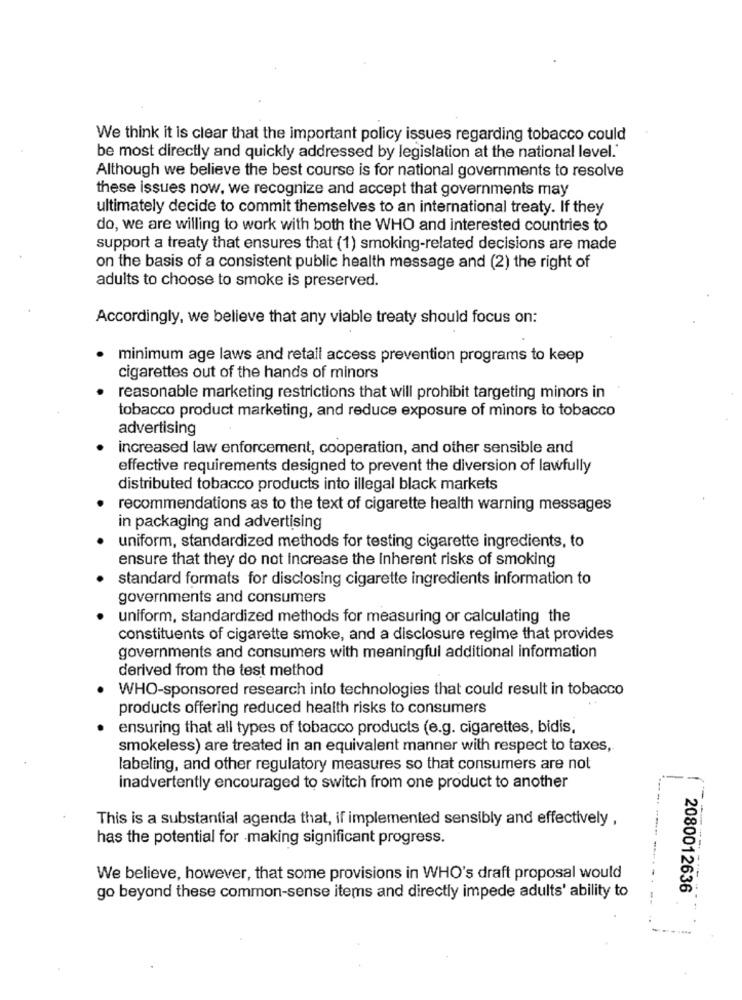
We think it is clear that the important policy issues regarding tobacco could
be most directly and quickly addressed by legislation at the national level.'
Although we believe the best course is for national governments to resolve
these issues now, we recognize and accept that governments may
ultimately decide to commit themselves to an international treaty. If they
do, we are willing to work with both the WHO and interested countries to
support a treaty that ensures that (1) smoking-related decisions are made
on the basis of a consistent public health message and (2) the right of
adults to choose to smoke is preserved.
Accordingly, we believe that any viable treaty should focus on:
minimum age laws and retail access prevention programs to keep
cigarettes out of the hands of minors
reasonable marketing restrictions that will prohibit targeting minors in
tobacco product marketing, and reduce exposure of minors to tobacco
advertising
increased law enforcement, cooperation, and other sensible and
effective requirements designed to prevent the diversion of lawfully
distributed tobacco products into illegal black markets
recommendations as to the text of cigarette health warning messages
in packaging and advertising
uniform, standardized methods for testing cigarette ingredients, to
ensure that they do not increase the inherent risks of smoking
standard formats for disclosing cigarette ingredients information to
governments and consumers
uniform, standardized methods for measuring or calculating the
constituents of cigarette smoke, and a disclosure regime that provides
governments and consumers with meaningful additional information
derived from the test method
WHO-sponsored research into technologies that could result in tobacco
products offering reduced health risks to consumers
ensuring that all types of tobacco products (e.g. cigarettes, bidis,
smokeless) are treated in an equivalent manner with respect to taxes,
labeling, and other regulatory measures so that consumers are not
inadvertently encouraged to switch from one product to another
This is a substantial agenda that, if implemented sensibly and effectively ,
has the potential for -making significant progress.
We believe, however, that some provisions in WHO's draft proposal would
2080012636
go beyond these common-sense items and directly impede adults' ability to